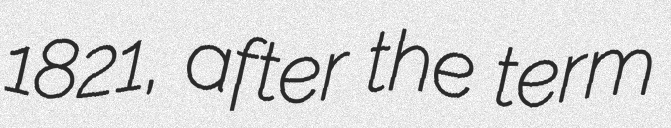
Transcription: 1821, after the term